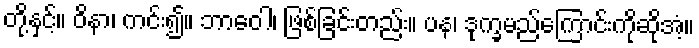
တို့နှင့်။ ဝိနာ၊ ကင်း၍။ ဘာဝေါ၊ ဖြစ်ခြင်းတည်း။ ပန၊ ဒုက္ခမည်ကြောင်းကိုဆိုအံ့။